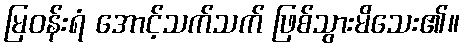
မြဝန်းရံ အောင့်သက်သက် ဖြစ်သွားမိသေး၏။